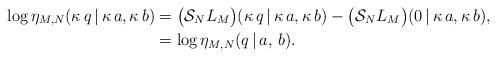
LaTeX: \begin{align*}\log\eta_{M, N}(\kappa\,q\,|\,\kappa\,a,\kappa\,b) & = \bigl(\mathcal{S}_N L_M\bigr)(\kappa\,q\,|\,\kappa\,a,\kappa\,b) - \bigl(\mathcal{S}_N L_M\bigr)(0\,|\,\kappa\,a,\kappa\,b), \\& = \log\eta_{M, N}(q\,|\,a,\,b).\end{align*}